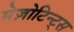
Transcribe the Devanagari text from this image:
मेज़ोटिन्ट्स